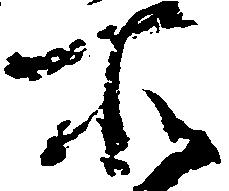
所